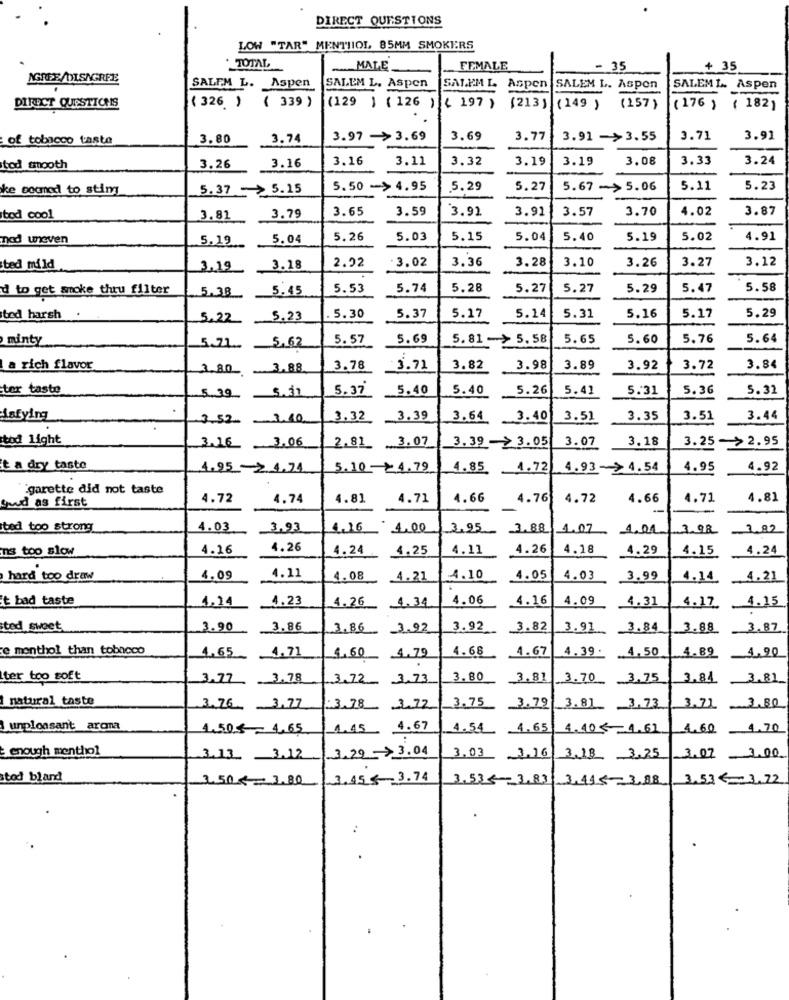
DIRECT QUESTIONS
LOW "TAR" MENTIIOL, 85MM SMOKERS
TOTAL
MALE
FEMALE
35
+ 35
AGREE/DISAGREE
SALEM L. Aspen
SALEM L. Aspen
SALEM L
Aspen
SALEM L. Aspon
SALEMI Aspen
(129 ] ( 126 )
DIRECT QUESTICHS
( 326 ) ( 339 )
( 197 ) (213) (149 )
(157)
( 176 )
( 182)
of tobacco taste
3.80
3.74
3.97 ->3.69
3.69
3.77
3.91 ->3.55
3.71
3.91
3.16
3.11
3.32
3.19
3.19
3.08
3.33
3.24
tod smooth
3.26
3.16
ke boaned to stim
5.37 > 5.15
5.50 ->4.95
5.29
5.27
5.67 -> 5.06
5.11
5.23
3.65
3.59
'3.92
3.91
3.57
3.70
4.02
3.87
tod cool
3.81
3.79
nad uneven
5.19
5.04
5.26
5.03
5.15
5.04
5.40
5.19
5.02
4.91
3.02
3.36
3.28
3.10
3.26
3.27
3.12
ted mild
3.19
3.18
2.92
d to get smoke thru filter
5.15
5.53
5.74
5.28
5.27
5.27
5.29
5.47
5.58
5.38
5.29
ted harsh
5.22 5.23
5.30
5.37
5.17
5.14
5.31
5.16
5.17
minty
5.57
5.69
5.81 ->5.58
5.65
5.60
5.76
5.64
5.71 .. _ 5.62
a rich flavor
3.80 3.88
3.78
3.71
3.82
3.98
3.89
3.92
3.72
3.84
ter taste
5.37
5.40
5.40
5.26
5.41
5.31
5.36
5.32
5.39 5.31
isfying
3.52 3.60
3.32
3.39
3.64
3.40
3.51
3.35
3.51
3.44
tod light
3.18
3.25->2.95
3.16 3.06
2.81 3.07
3.39 -> 3.05
3.07
t a dry taste
4.95 .4.74
5.10 £4.79
4.85
1.72
4.93->4.54
4.95
4.92
garette did not taste
guud as first
4.72
4.74
4.81
4.71
4.66
4.76
4.72
4.66
4.71
4.81
-
ted too strong
4.03
3,93
1.16
4.00
3.95 3.88 1.07 4.00
3.98
182
ns too slow
4.16
4.26
4.24
4.25
4.11
4.26
4.18
4.29
4.15
4.24
hard too draw
4.09
4.11
4.08
4.21
4.10
4.05
4.03
3.99
-4.21
t bad taste
4.23
4.06
4.16
4.09
1.24
4.26 4.34
4.31
4.17 4.15
ted sweet
3.90
3.86
3.86
3.92
3.92
3.82
3.91
3.84
3.88
3.87
e monthol than tobacco
4.68
4.67
4,90
1.65
4,71
4,60 4.79
4.39.
4,50
4.89
ter too soft
3.77 3.78
3.72 3.73
3.80
3.81
3.70
3.75
3.84
3.81
Inatural taste
3.80
3.76 3,77
3.78 3.72
3.75
3.79
3.81 3.73
3.71
unpleasant arona
1.50€ - 4.65
1.45 4.67
4.54 1.65
4.105 4.61
1.60
4.70
enough menthol
3.00
3.13 3.12
3.29 3.04
3.03 3.16
3.13 3.25
3.07
tod bland
3.50≤ _ 3.80
3.1553.74
3.5353.83 3.445 -3,88
3.53< 3.72